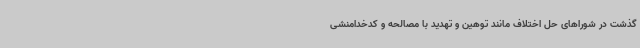
گذشت در شوراهای حل اختلاف مانند توهین و تهدید با مصالحه و کدخدامنشی